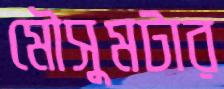
মৌসুমটার